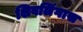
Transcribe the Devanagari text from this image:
शिवलिंगास